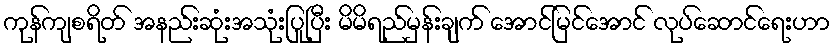
ကုန်ကျစရိတ် အနည်းဆုံးအသုံးပြုပြီး မိမိရည်မှန်းချက် အောင်မြင်အောင် လုပ်ဆောင်ရေးဟာ